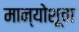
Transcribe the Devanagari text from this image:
मान्योशूचा